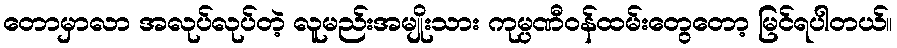
တောမှာလာ အလုပ်လုပ်တဲ့ လူမည်းအမျိုးသား ကုမ္ပဏီဝန်ထမ်းတွေတော့ မြင်ရပါတယ်။